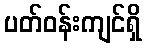
ပတ်ဝန်းကျင်ရှိ